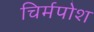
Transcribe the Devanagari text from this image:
चिर्मपोश